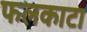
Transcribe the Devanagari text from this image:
फलकाटा